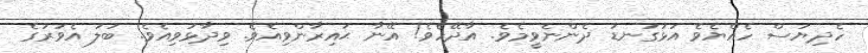
ހެދިޔަސް ހެއްޔެވެ އަޅުގަނޑު ދެންނެވީމެވެ. އާދޭހެވެ! އޭނާ ޙައިރާންވިއެވެ. ވިދާޅުވިއެވެ. ބަލަ އެވަރުގެ